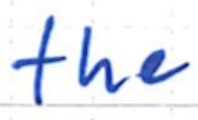
Text: the
Cross-out: clean
Writing tool: ballpoint